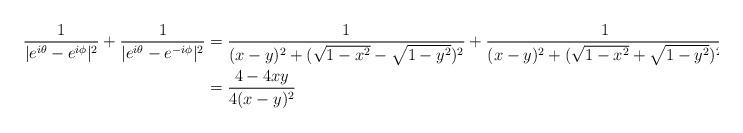
LaTeX: \begin{align*} \frac{1}{|e^{i\theta} -e^{i\phi}|^2}+ \frac{1}{|e^{i\theta} -e^{-i\phi}|^2}&= \frac{1}{(x-y)^2 + (\sqrt{1-x^2}- \sqrt{1-y^2})^2 }+ \frac{1}{(x-y)^2 + (\sqrt{1-x^2}+ \sqrt{1-y^2})^2 } \\&= \frac{4-4xy}{4(x-y)^2}\end{align*}